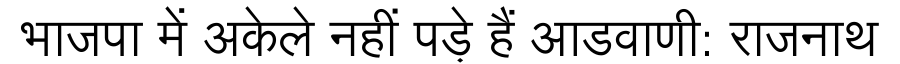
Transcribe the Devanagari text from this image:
भाजपा में अकेले नहीं पड़े हैं आडवाणी: राजनाथ